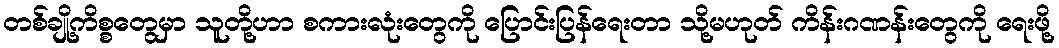
တစ်ချို့ကိစ္စတွေမှာ သူတို့ဟာ စကားလုံးတွေကို ပြောင်းပြန်ရေးတာ သို့မဟုတ် ကိန်းဂဏန်းတွေကို ရေးဖို့